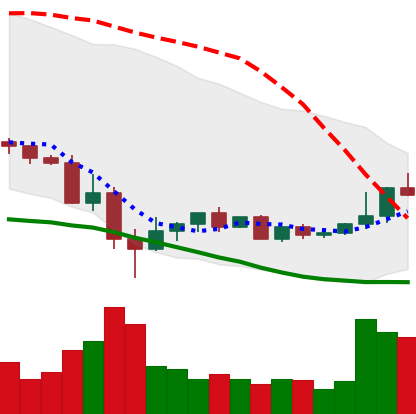
Ticker: ETC-USD
Chart end date: 2022-05-25
Forward return: 4.683%
Label: up_3_5